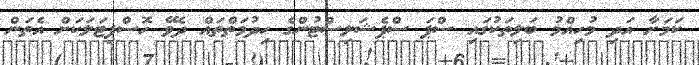
ކަމަށާ އަދި މުހިއްމު ބަލިތަކުގައި ސްޕަ ސްޕެޝަލިސްޓުންގެ ހިދުމަތްތައް ދެވޭ ހޮސްޕިޓަލަކަށް އެތަން